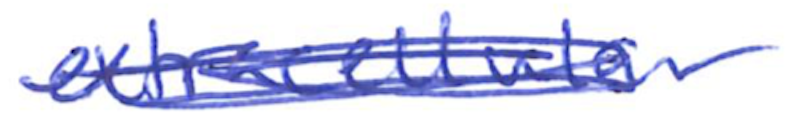
Text: extracellular
Cross-out: scratch
Writing tool: ballpoint